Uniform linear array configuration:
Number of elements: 64
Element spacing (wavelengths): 0.75
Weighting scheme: cosine
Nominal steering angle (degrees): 60
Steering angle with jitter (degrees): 58.969
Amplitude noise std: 0.05
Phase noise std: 0.05

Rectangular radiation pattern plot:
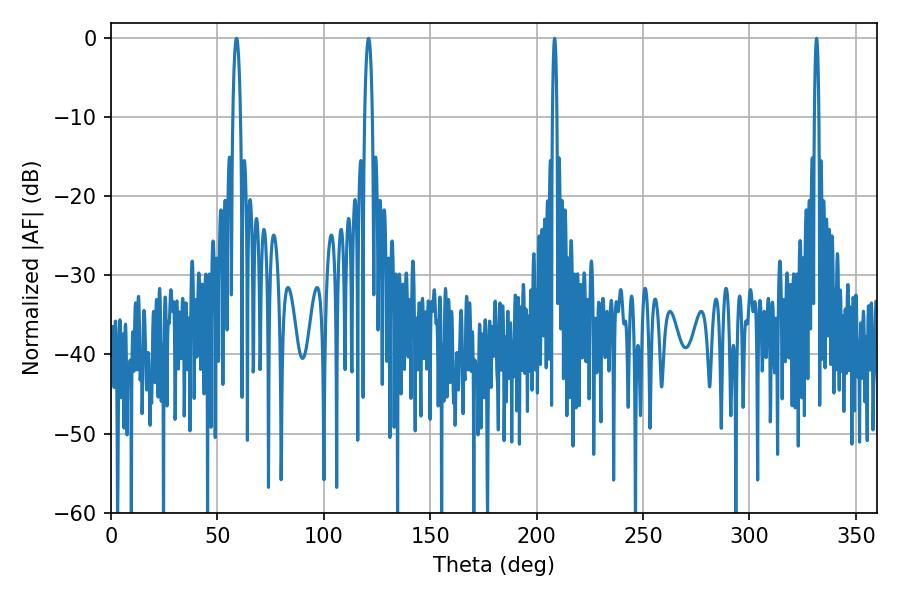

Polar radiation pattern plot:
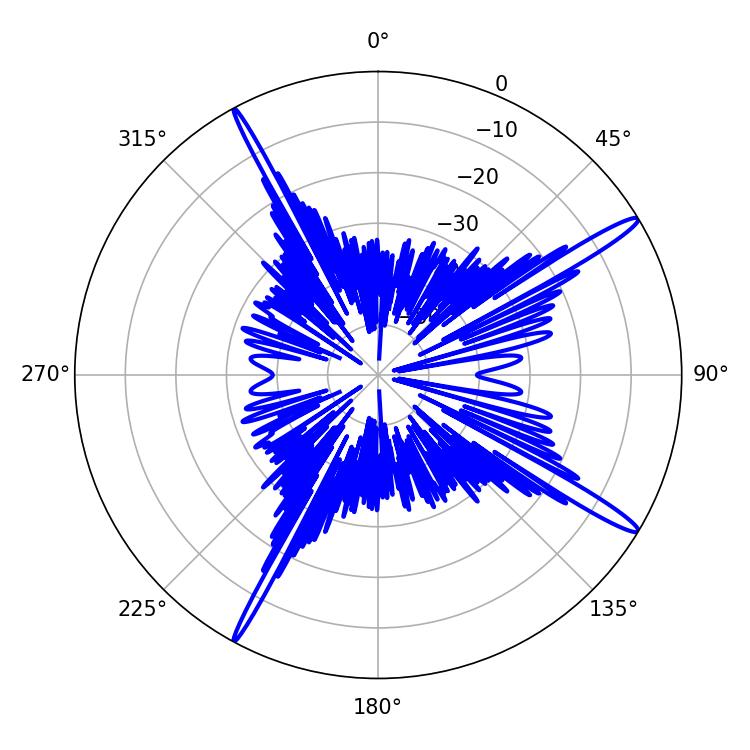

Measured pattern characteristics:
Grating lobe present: TRUE
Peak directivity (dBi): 16.286
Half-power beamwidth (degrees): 1.08
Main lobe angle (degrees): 208.44